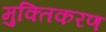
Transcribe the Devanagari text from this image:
मुक्तिकरण